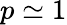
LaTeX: p\simeq 1